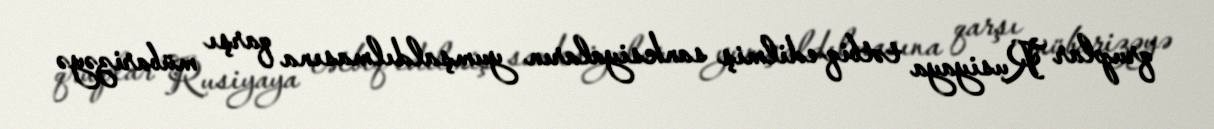
qruplar Rusiyaya tətbiq edilmiş sanksiyaların yumşaldılmasına qarşı mübarizəyə